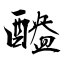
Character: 醠